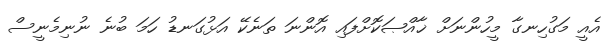
އެއީ މަގުހިނގާ މީހުންނަށް ޚާއްޞަކޮށްފައި އޮންނަ ތަނެކޭ އަޅުގަނޑު ހަމަ ބުނެ ނުނިމެނީސް